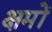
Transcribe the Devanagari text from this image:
क्षमों